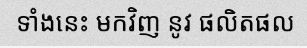
ទាំងនេះ មកវិញ នូវ ផលិតផល